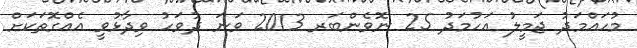
މުހައްމަދު ޖަމީލު އަހުމަދު 25 ނޮވެންބަރ 2013 ވަނަ ދުވަހު ވިދާޅުވީ އެއްގޮތަކަށް